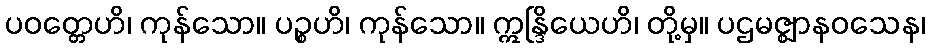
ပဝတ္တေဟိ၊ ကုန်သော။ ပဉ္စဟိ၊ ကုန်သော။ ဣန္ဒြိယေဟိ၊ တို့မှ။ ပဌမဇ္ဈာနဝသေန၊